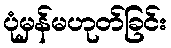
ပုံမှန်မဟုတ်ခြင်း